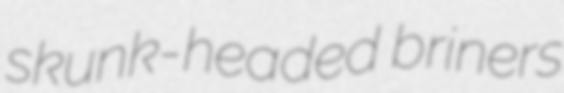
skunk-headed briners